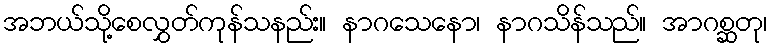
အဘယ်သို့စေလွှတ်ကုန်သနည်း။ နာဂသေနော၊ နာဂသိန်သည်။ အာဂစ္ဆတု၊